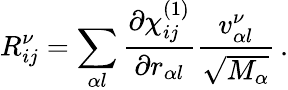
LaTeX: R_{ij}^{\nu}=\sum_{\alpha l}\frac{\partial\chi_{ij}^{(1)}}{\partial r_{\alpha l}}\frac{v_{\alpha l}^{\nu}}{\sqrt{M_{\alpha}}}\, .